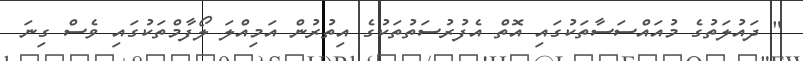
" ދައުލަތުގެ މުއައްސަސާތަކުގައި އޮތް އެފުރުސަތުތަކުގެ އިތުރުން އަމިއްލަ ލޯފާމްތަކުގައި ވެސް ގިނަ